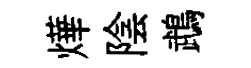
燁陰鵡